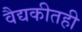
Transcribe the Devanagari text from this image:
वैद्यकीतही